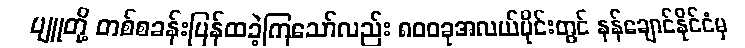
ပျူတို့ တစ်စခန်းပြန်ထခဲ့ကြသော်လည်း ၈၀၀ခုအလယ်ပိုင်းတွင် နန်ချောင်နိုင်ငံမှ